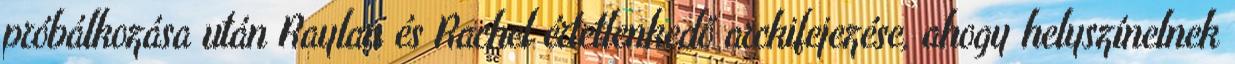
próbálkozása után Raylan és Rachel értetlenkedő arckifejezése, ahogy helyszínelnek